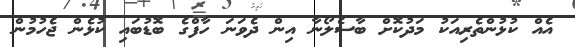
އެއް ކުޅުންތެރިއަކު މަދުކޮށް ބާސެލޯނާ އިން ދެވަނަ ހާފްގެ ބޮޑުބައި ކުޅެން ޖެހުމުން